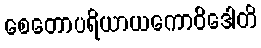
စေတောပရိယာယကောဝိဒေါတိ